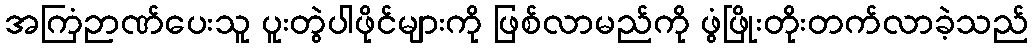
အကြံဉာဏ်ပေးသူ ပူးတွဲပါဖိုင်များကို ဖြစ်လာမည်ကို ဖွံဖြိုးတိုးတက်လာခဲ့သည်